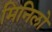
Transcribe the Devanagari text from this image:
मिनिलो